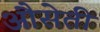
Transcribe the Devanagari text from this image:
औसेती